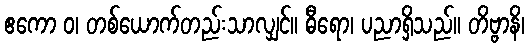
ဧကော ဝ၊ တစ်ယောက်တည်းသာလျှင်။ ဓီရော၊ ပညာရှိသည်။ တိဗ္ဗာနိ၊